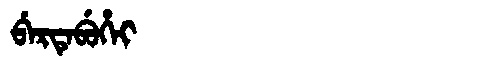
Manchu: ᠪᡝᡵᡨᡝᠪᡠᡥᡝᡳ
Romanization: BERTEBUHEI